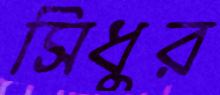
সিধুর